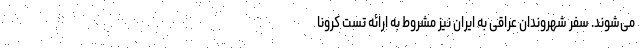
می‌شوند. سفر شهروندان عراقی به ایران نیز مشروط به ارائه تست کرونا